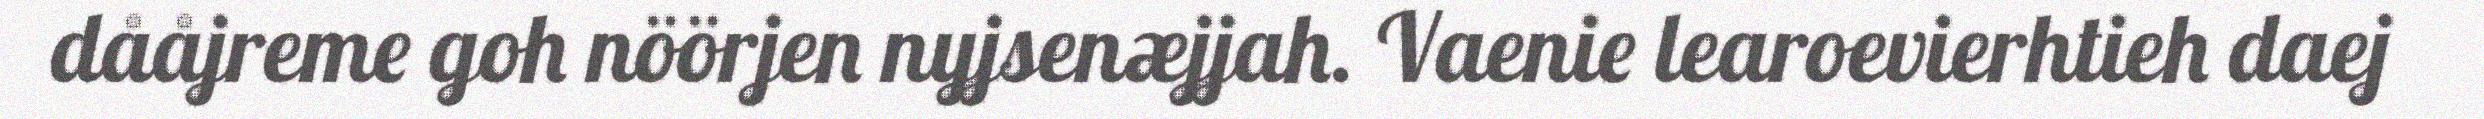
dååjreme goh nöörjen nyjsenæjjah. Vaenie learoevierhtieh daej